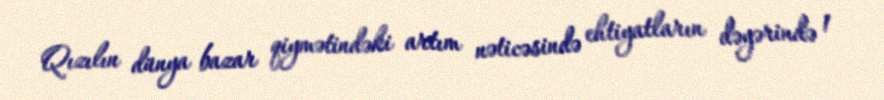
Qızılın dünya bazar qiymətindəki artım nəticəsində ehtiyatların dəyərində 1